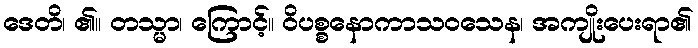
ဒေတိ၊ ၏။ တသ္မာ၊ ကြောင့်။ ဝိပစ္စနောကာသဝသေန၊ အကျိုးပေးရာ၏